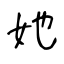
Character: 她